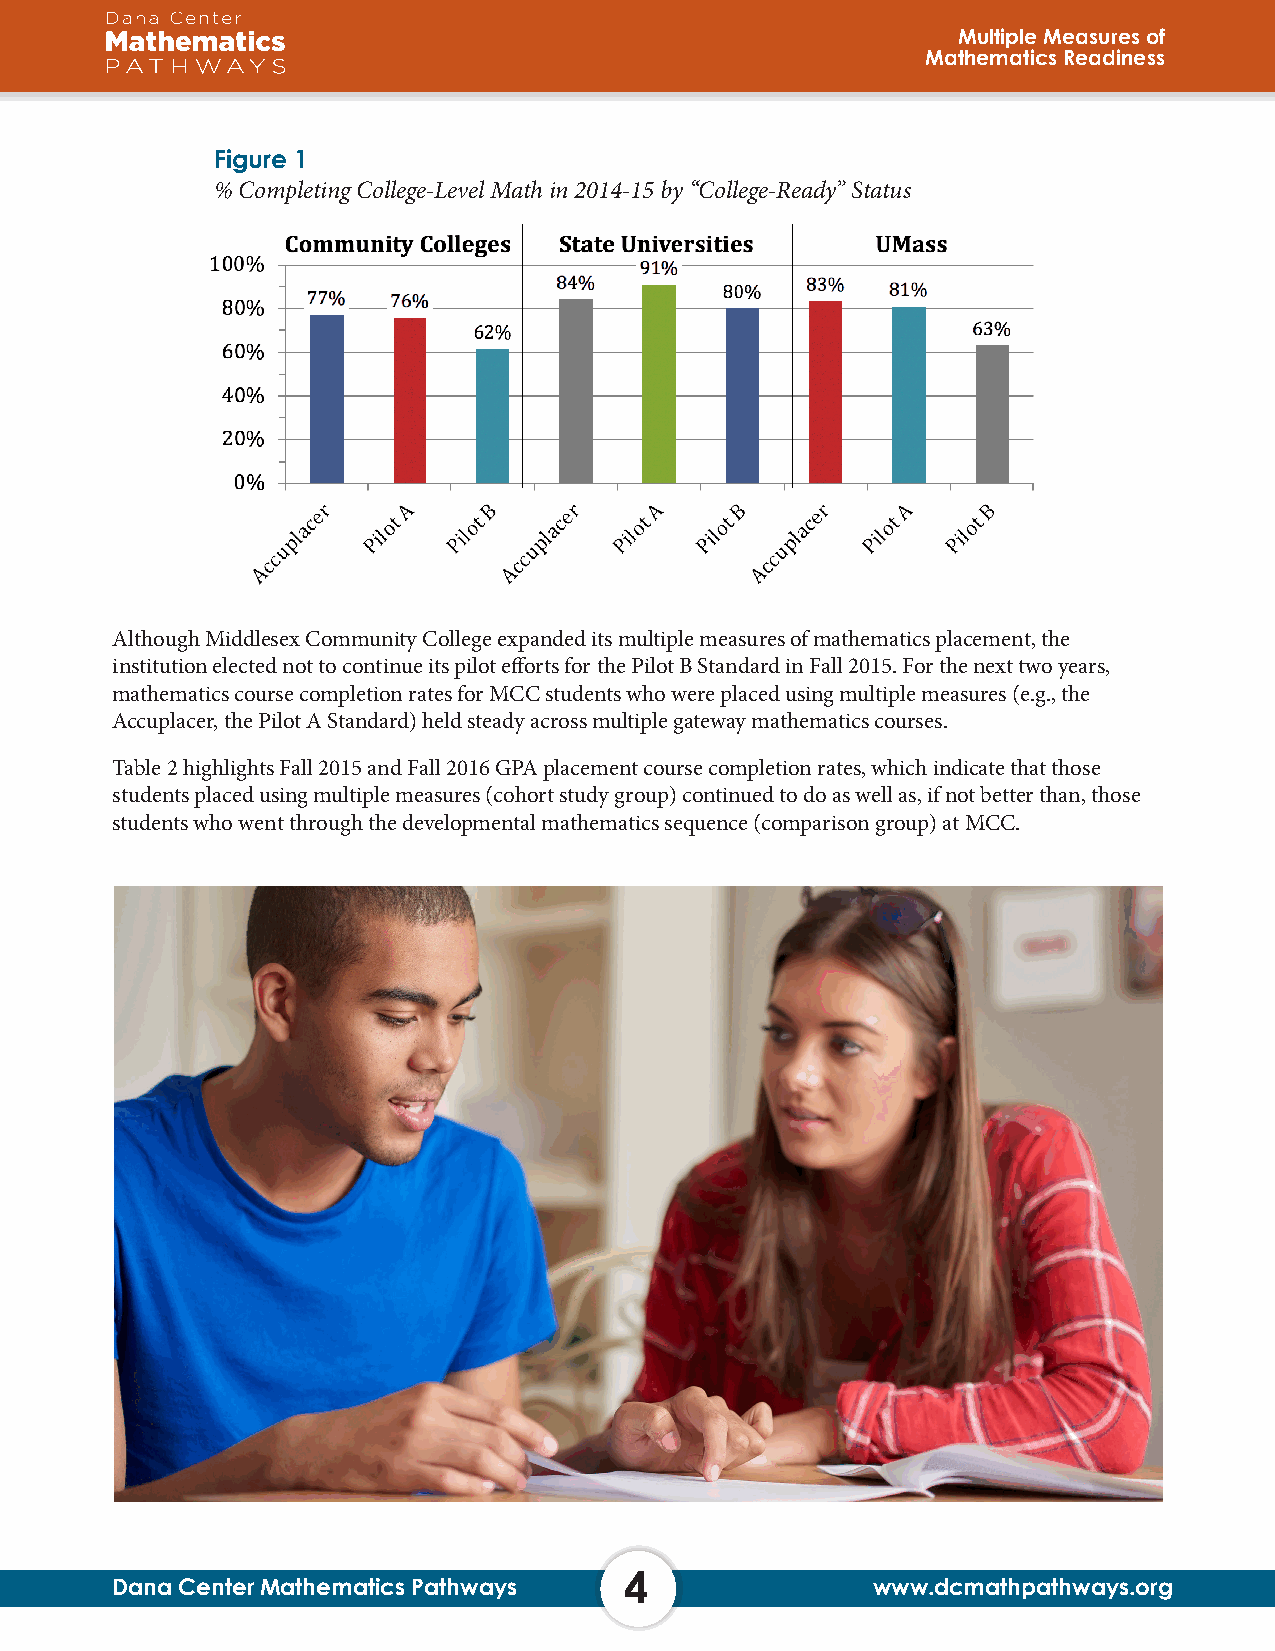
Multiple Measures of
 Mathematics Readiness
 Figure 1
 % Completing College-Level Math in 2014-15 by “College-Ready” Status
 Although Middlesex Community College expanded its multiple measures of mathematics placement, the
 institution elected not to continue its pilot efforts for the Pilot B Standard in Fall 2015. For the next two years,
 mathematics course completion rates for MCC students who were placed using multiple measures (e.g., the
 Accuplacer, the Pilot A Standard) held steady across multiple gateway mathematics courses.
 Table 2 highlights Fall 2015 and Fall 2016 GPA placement course completion rates, which indicate that those
 students placed using multiple measures (cohort study group) continued to do as well as, if not better than, those
 students who went through the developmental mathematics sequence (comparison group) at MCC.
 4
 Dana Center Mathematics Pathways                   www.dcmathpathways.org